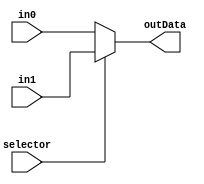
module Mux2to1_5bits (in0, in1, selector, outData);

input[4:0] in0, in1;
input selector;
output reg[4:0] outData;

always @ (selector)

	if(selector == 1)
		outData = in1;
	else
		outData = in0;

endmodule